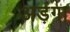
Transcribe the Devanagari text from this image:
अड़ंगा